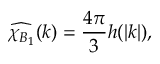
\widehat { \chi _ { B _ { 1 } } } ( k ) = \frac { 4 \pi } { 3 } h ( | k | ) ,